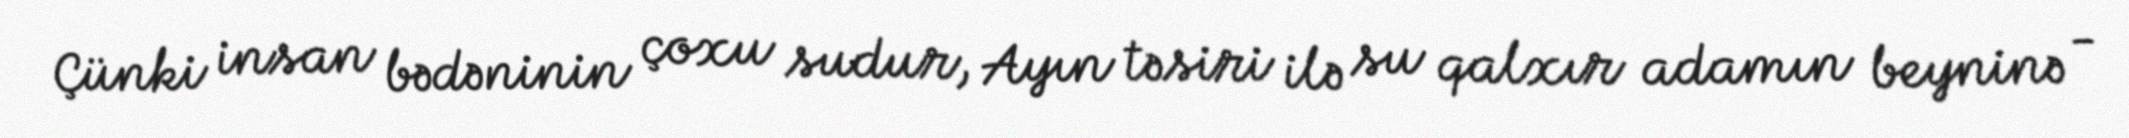
Çünki insan bədəninin çoxu sudur, Ayın təsiri ilə su qalxır adamın beyninə -